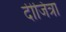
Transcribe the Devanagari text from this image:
दीजित्रा